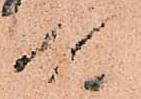
殿